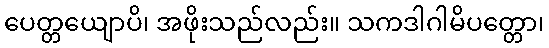
ပေတ္တယျောပိ၊ အဖိုးသည်လည်း။ သကဒါဂါမိပတ္တော၊